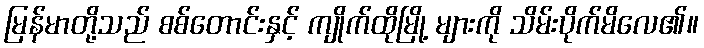
မြန်မာတို့သည် စစ်တောင်းနှင့် ကျိုက်ထိုမြို့ များကို သိမ်းပိုက်မိလေ၏။